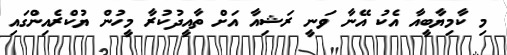
މި ކާމިޔާބީއާ އެކު އޭނާ ވަނީ ރަޝިއާ އަށް ތާއީދުކުރާ މީހުން ޔުކްރެއިންގައި